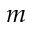
m